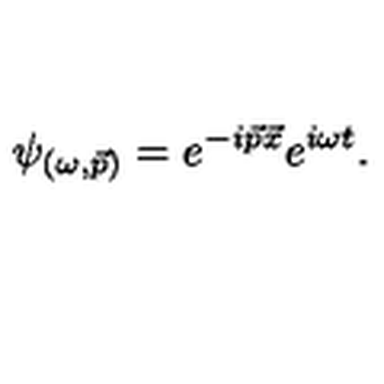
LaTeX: \psi _ { ( \omega , \vec { p } ) } = e ^ { - i \vec { p } \vec { x } } e ^ { i \omega t } .